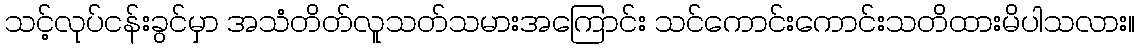
သင့်လုပ်ငန်းခွင်မှာ အသံတိတ်လူသတ်သမားအကြောင်း သင်ကောင်းကောင်းသတိထားမိပါသလား။